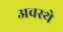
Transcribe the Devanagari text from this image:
अवस्थे